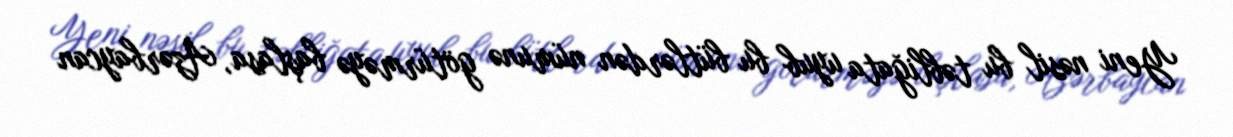
Yeni nəsil bu təbliğata uyub bu bütlərdən nümunə götürməyə başlasa, Azərbaycan